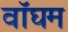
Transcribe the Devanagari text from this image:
वॉघम